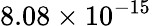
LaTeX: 8.08\times 10^{-15}